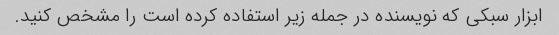
ابزار سبکی که نویسنده در جمله زیر استفاده کرده است را مشخص کنید.